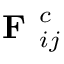
\textbf { F } _ { i j } ^ { c }